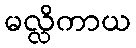
မလ္လိကာယ